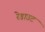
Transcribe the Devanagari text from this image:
रेडाउट